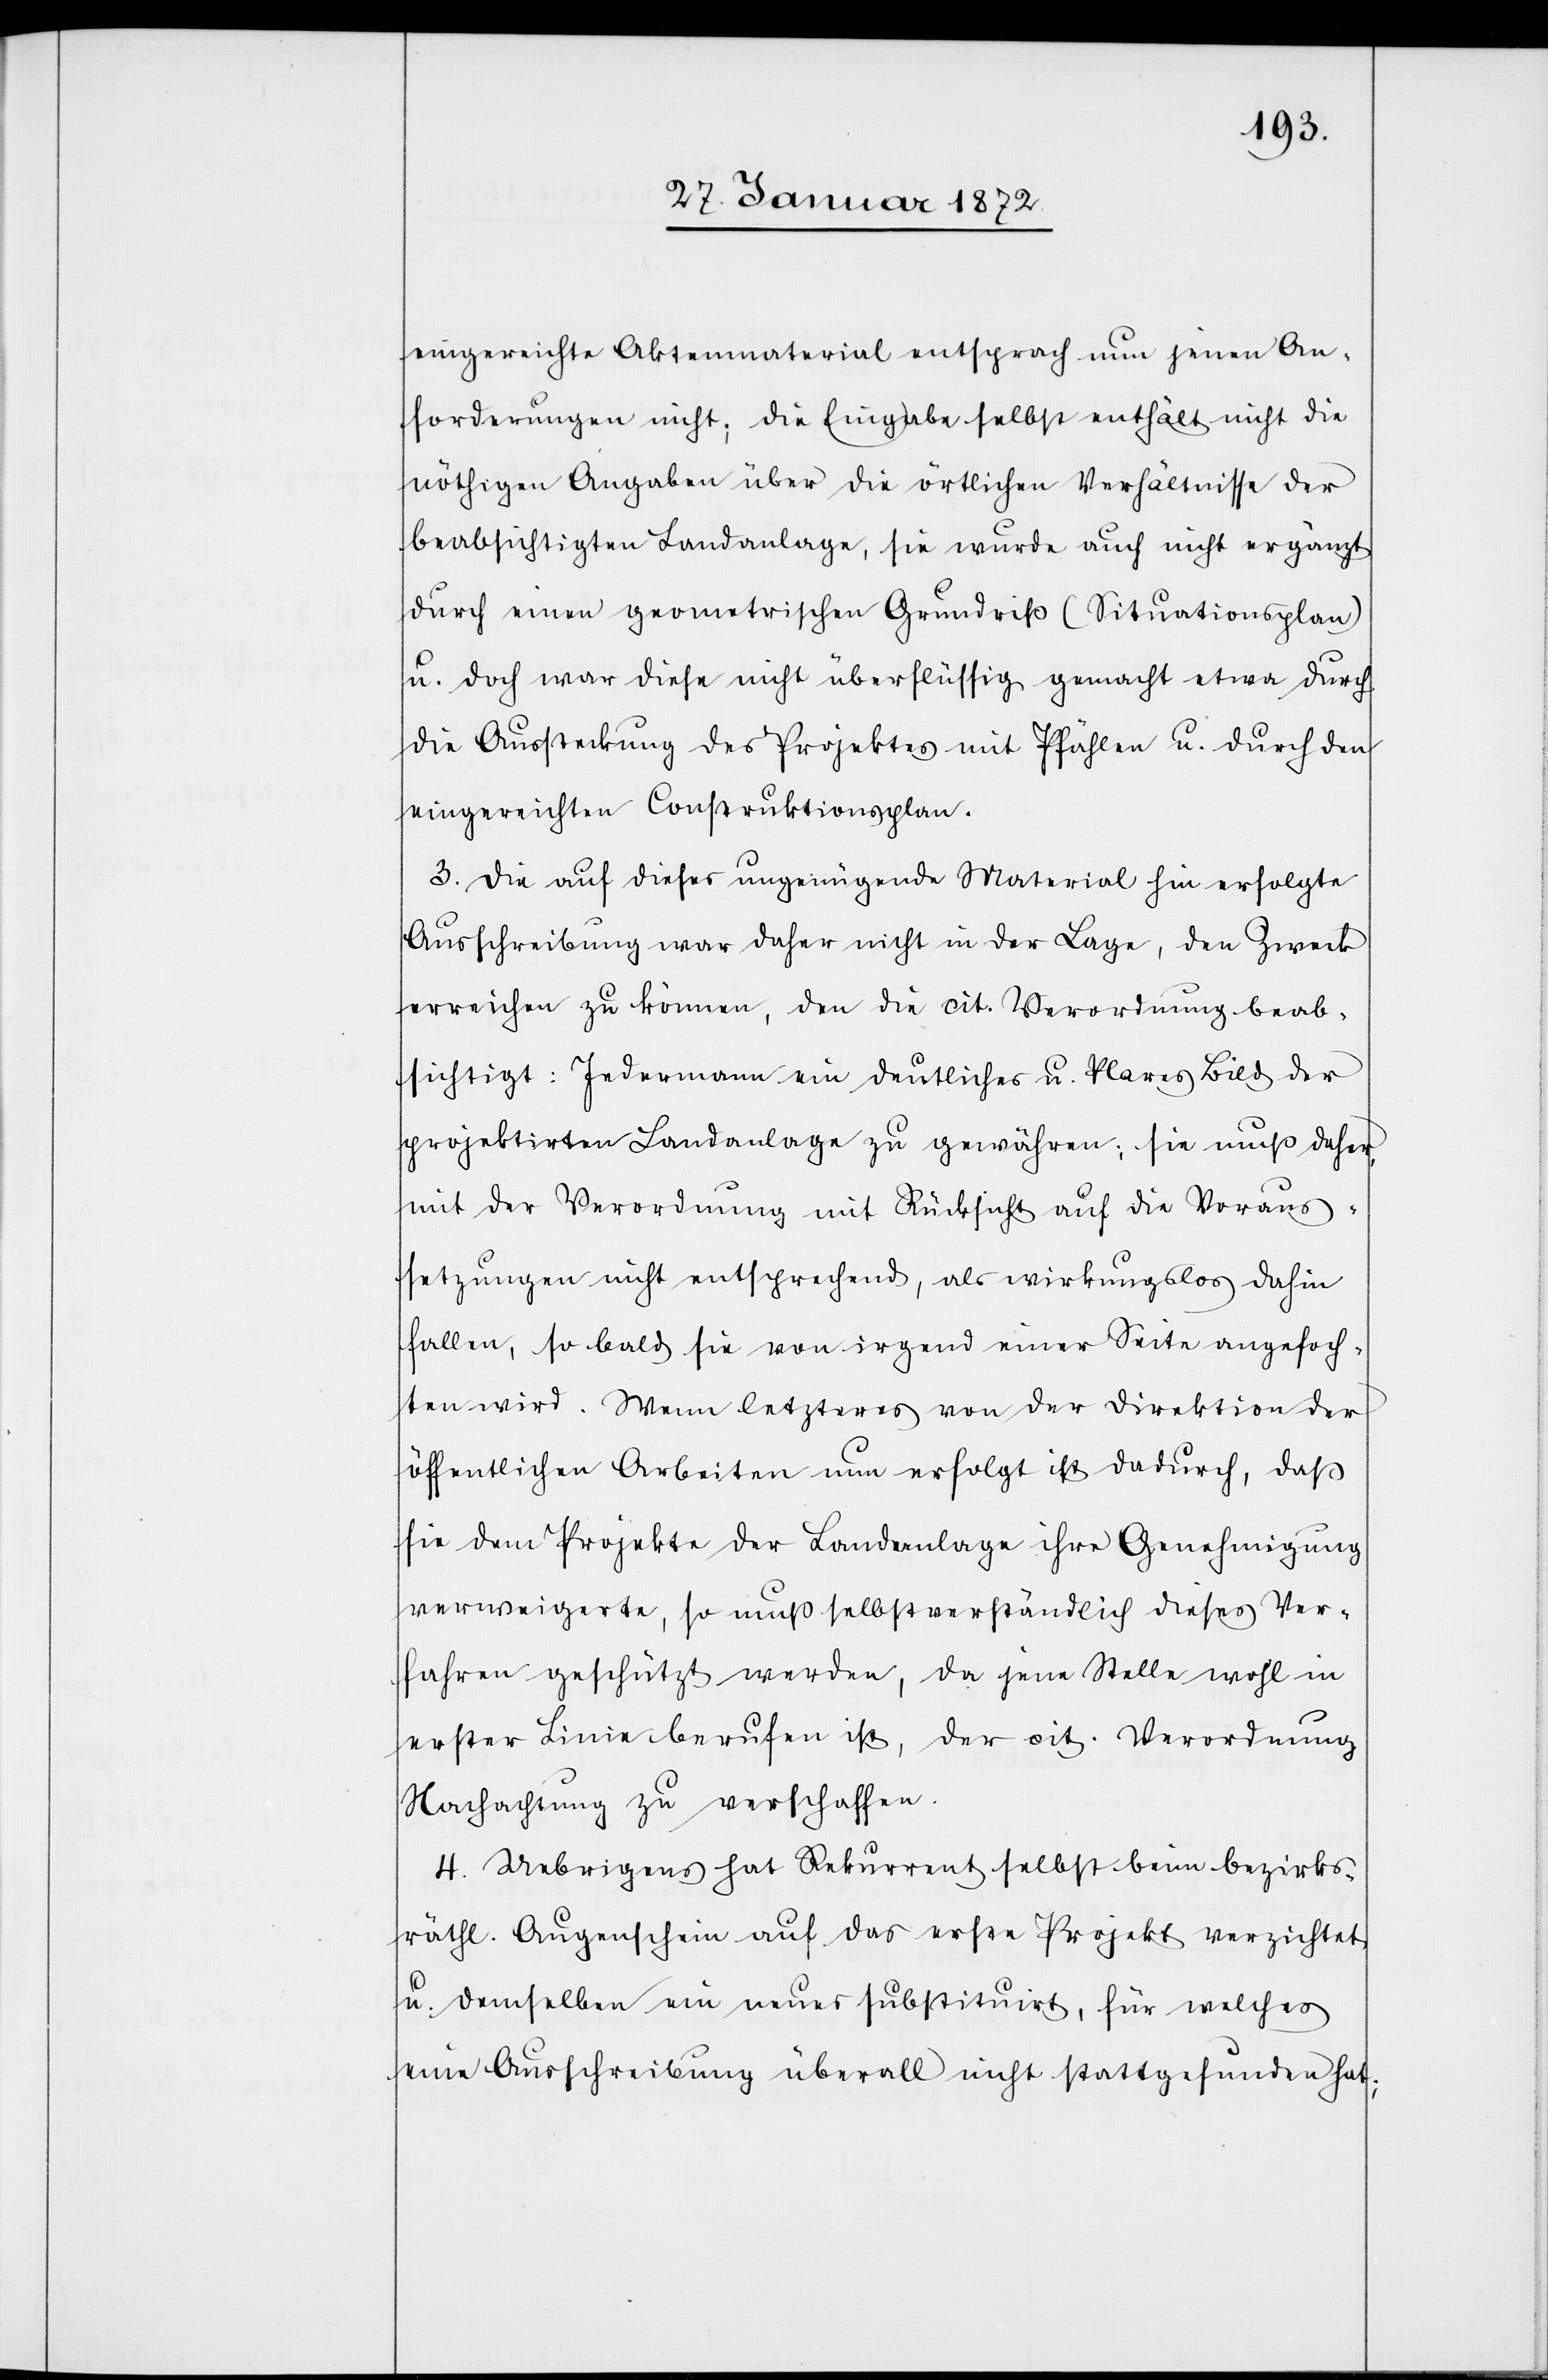
eingereichte Aktenmaterial [sic!] entsprach nun jenen An¬
forderungen nicht; die Eingabe selbst enthält nicht die
nöthigen Angaben über die örtlichen Verhältnisse der
beabsichtigten Landanlage, sie wurde auch nicht ergänzt
durch einen geometrischen Grundriß (Situationsplan)
u. doch war diese nicht überflüssig gemacht etwa durch
die Aussteckung des Projekts mit Pfählen u. durch den
eingereichten Construktionsplan.
3. Die auf dieses ungenügende Material hin erfolgte
Ausschreibung war daher nicht in der Lage, den Zweck
erreichen zu können, den die cit. Verordnung beab¬
sichtigt: Jedermann ein deutliches u. klares Bild der
projektirten Landanlage zu gewähren; sie muß daher,
mit der Verordnung mit Rücksicht auf die Voraus¬
setzungen nicht entsprechend, als wirkungslos dahin
fallen, so bald sie von irgend einer Seite angefoch¬
ten wird. Wenn letzteres von der Direktion der
öffentlichen Arbeiten nun erfolgt ist dadurch, daß
sie dem Projekte der Landanlage ihre Genehmigung
verweigerte, so muß selbstverständlich dieses Ver¬
fahren geschützt werden, da jene Stelle wohl in
erster Linie berufen ist, der cit. Verordnung
Nachachtung zu verschaffen.
4. Uebrigens hat Rekurrent selbst beim bezirks¬
räthl. Augenschein auf das erste Projekt verzichtet
u. demselben ein neues substituirt, für welches
eine Ausschreibung überall nicht stattgefunden hat;